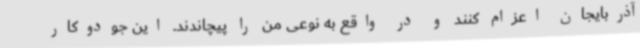
آذربایجان اعزام کنند و در واقع به نوعی من را پیچاندند. این جودوکار